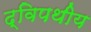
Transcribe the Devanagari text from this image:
द्विपथीय